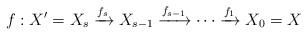
LaTeX: \begin{align*}f: X^{\prime}=X_{s}\xrightarrow{f_{s}} X_{s-1}\xrightarrow{f_{s-1}} \cdots \xrightarrow{f_{1}} X_{0}=X \end{align*}